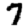
Digit: 7